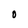
Character: O